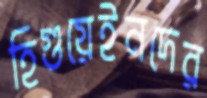
হিগুয়েইনদের